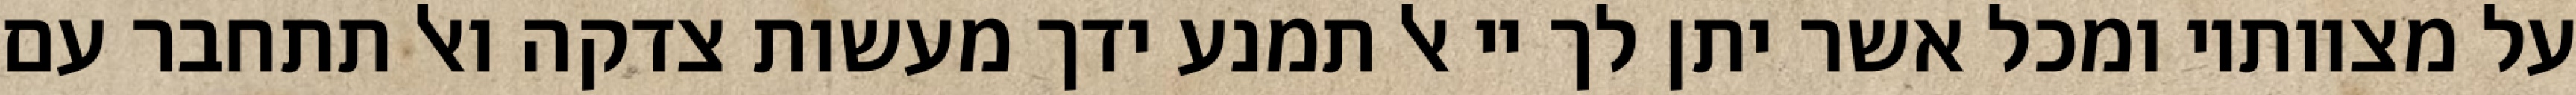
על מצוותיו ומכל אשר יתן לך יי אל תמנע ידך מעשות צדקה ואל תתחבר עם